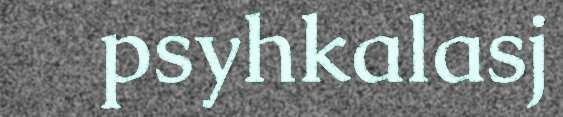
psyhkalasj